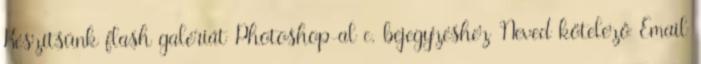
Készítsünk flash galériát Photoshop-al c. bejegyzéshez Neved kötelező Email